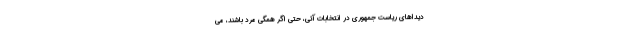
دیداهای ریاست جمهوری در انتخابات آتی، حتی اگر همگی مرد باشند، می‌